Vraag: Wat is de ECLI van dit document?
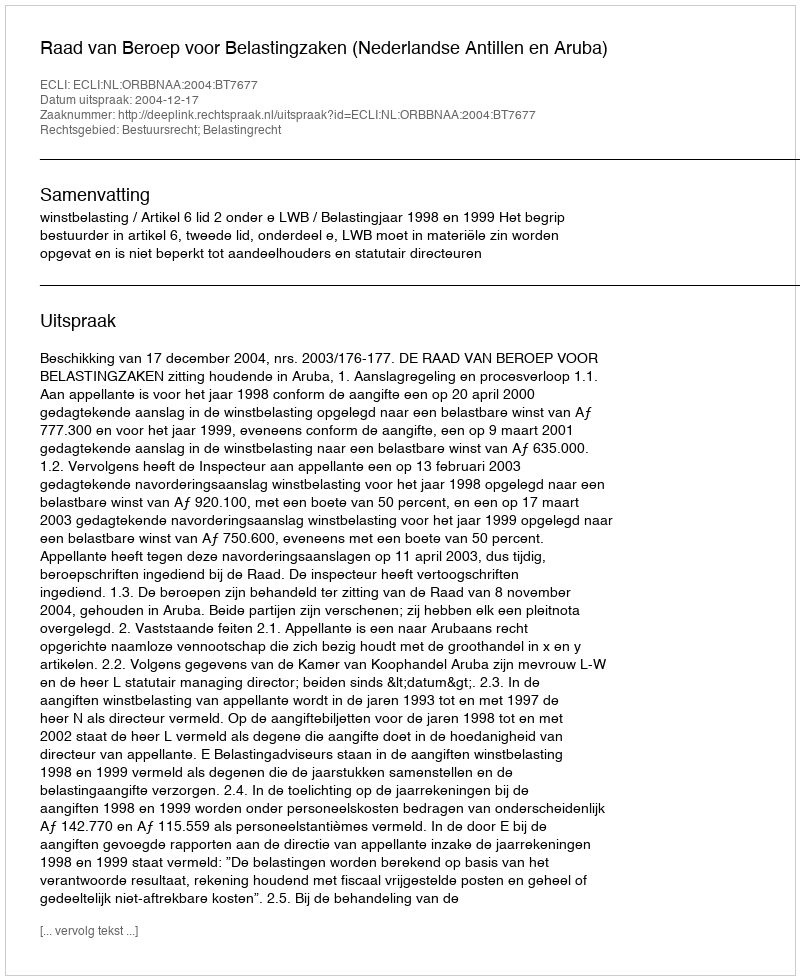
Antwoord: ECLI:NL:ORBBNAA:2004:BT7677